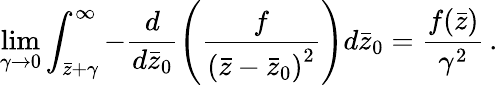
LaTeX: \operatorname*{lim}_{\gamma\rightarrow 0}\int_{\bar{z}+\gamma}^{\infty}-\frac{d}{d\bar{z}_{0}}\left(\frac{f}{\left(\bar{z}-\bar{z}_{0}\right)^{2}}\right)d\bar{z}_{0}=\frac{f(\bar{z})}{\gamma^{2}}\, .